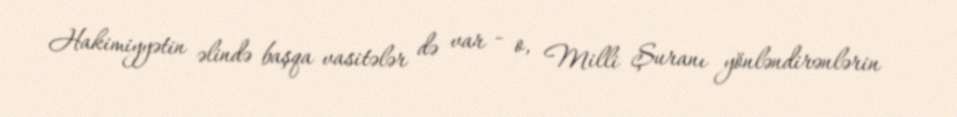
Hakimiyyətin əlində başqa vasitələr də var - o, Milli Şuranı yönləndirənlərin